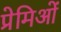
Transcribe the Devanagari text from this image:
प्रेमिओं